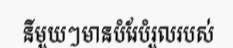
នីមួយៗមានបំរែបំរួលរបស់